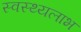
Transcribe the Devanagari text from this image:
स्वस्थ्यलाभ